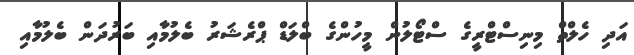
އަދި ހެލްތް މިނިސްޓްރީގެ ސްޓޯލުން މީހުންގެ ބްލަޑް ޕްރެޝަރު ބެލުމާއި ބަރުދަން ބެލުމާއި